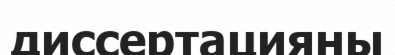
диссертацияны